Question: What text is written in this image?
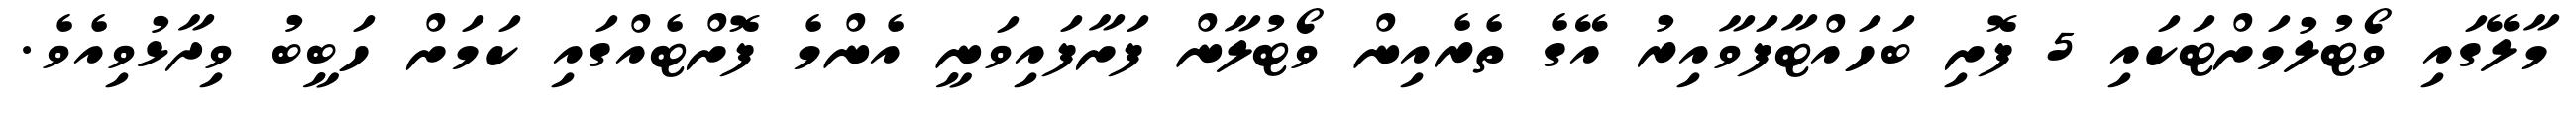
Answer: މާލޭގައި ވޯޓުލުމަށްޓަކައި 5 ފޮށި ބަހައްޓާފަވާއިރު އޭގެ ތެރެއިން ވޯޓުލާން ފަށާފައިވަނީ އެންމެ ފޮށްޓެއްގައި ކަމަށް ހަބީބު ވިދާޅުވިއެވެ.